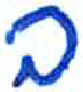
אות: ב